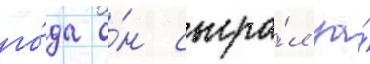
го́да о́н сыгра́л за́